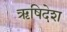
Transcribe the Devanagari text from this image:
ऋषिदेश